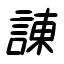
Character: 諌